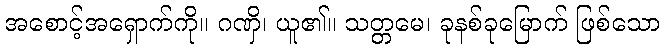
အစောင့်အရှောက်ကို။ ဂဏှိ၊ ယူ၏။ သတ္တမေ၊ ခုနစ်ခုမြောက် ဖြစ်သော